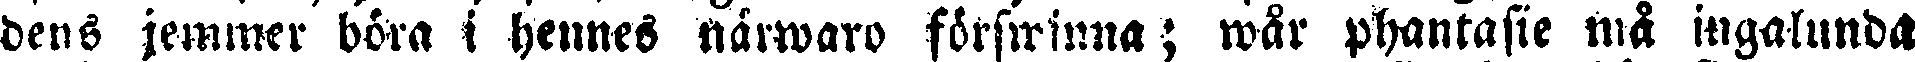
dens jemmer böra i hennes närwaro förswinna; wår phantasie må ingalunda